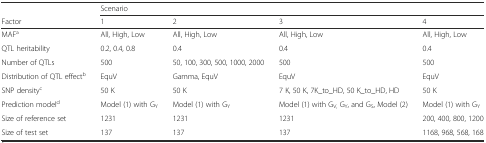
<table><thead><tr><td></td><td colspan="4"><b>Scenario</b></td></tr><tr><td><b>Factor</b></td><td><b>1</b></td><td><b>2</b></td><td><b>3</b></td><td><b>4</b></td></tr></thead><tbody><tr><td>MAF<sup>a</sup></td><td>All, High, Low</td><td>All, High, Low</td><td>All, High, Low</td><td>All, High, Low</td></tr><tr><td>QTL heritability</td><td>0.2, 0.4, 0.8</td><td>0.4</td><td>0.4</td><td>0.4</td></tr><tr><td>Number of QTLs</td><td>500</td><td>50, 100, 300, 500, 1000, 2000</td><td>500</td><td>500</td></tr><tr><td>Distribution of QTL effect<sup>b</sup></td><td>EquV</td><td>Gamma, EquV</td><td>EquV</td><td>EquV</td></tr><tr><td>SNP density<sup>c</sup></td><td>50 K</td><td>50 K</td><td>7 K, 50 K, 7K_to_HD, 50 K_to_HD, HD</td><td>50 K</td></tr><tr><td>Prediction model<sup>d</sup></td><td>Model (1) with G<sub>Y</sub></td><td>Model (1) with G<sub>Y</sub></td><td>Model (1) with G<sub>V,</sub> G<sub>Y</sub>, and G<sub>S</sub>, Model (2)</td><td>Model (1) with G<sub>Y</sub></td></tr><tr><td>Size of reference set</td><td>1231</td><td>1231</td><td>1231</td><td>200, 400, 800, 1200</td></tr><tr><td>Size of test set</td><td>137</td><td>137</td><td>137</td><td>1168, 968, 568, 168</td></tr></tbody></table>